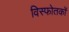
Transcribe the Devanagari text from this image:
विस्फोतकों